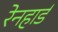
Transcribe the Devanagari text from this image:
रेनहार्ड